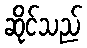
ဆိုင်သည်